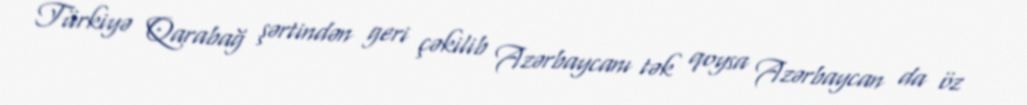
Türkiyə Qarabağ şərtindən geri çəkilib Azərbaycanı tək qoysa Azərbaycan da öz